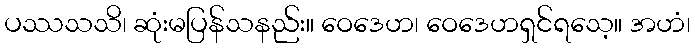
ပဿသသိ၊ ဆုံးမပြန်သနည်း။ ဝေဒေဟ၊ ဝေဒေဟရှင်ရသေ့။ အဟံ၊